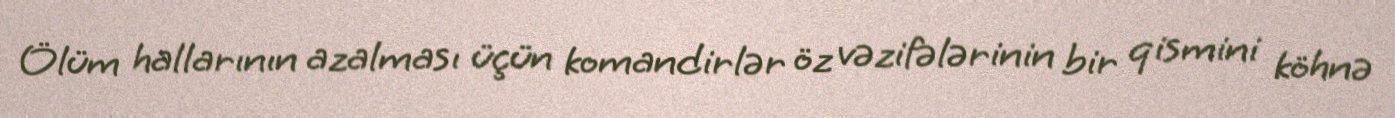
Ölüm hallarının azalması üçün komandirlər öz vəzifələrinin bir qismini köhnə